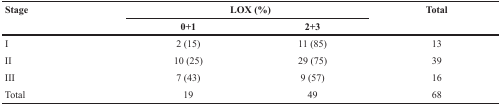
| <ROWSPAN=2> Stage | <COLSPAN=2> LOX (%) | <ROWSPAN=2> Total |
 | 0+1 | 2+3 |
 | --- | --- | --- | --- |
 | I | 2 (15) | 11 (85) | 13 |
 | II | 10 (25) | 29 (75) | 39 |
 | III | 7 (43) | 9 (57) | 16 |
 | Total | 19 | 49 | 68 |